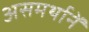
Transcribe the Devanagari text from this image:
असमर्थानें